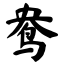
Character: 鸯